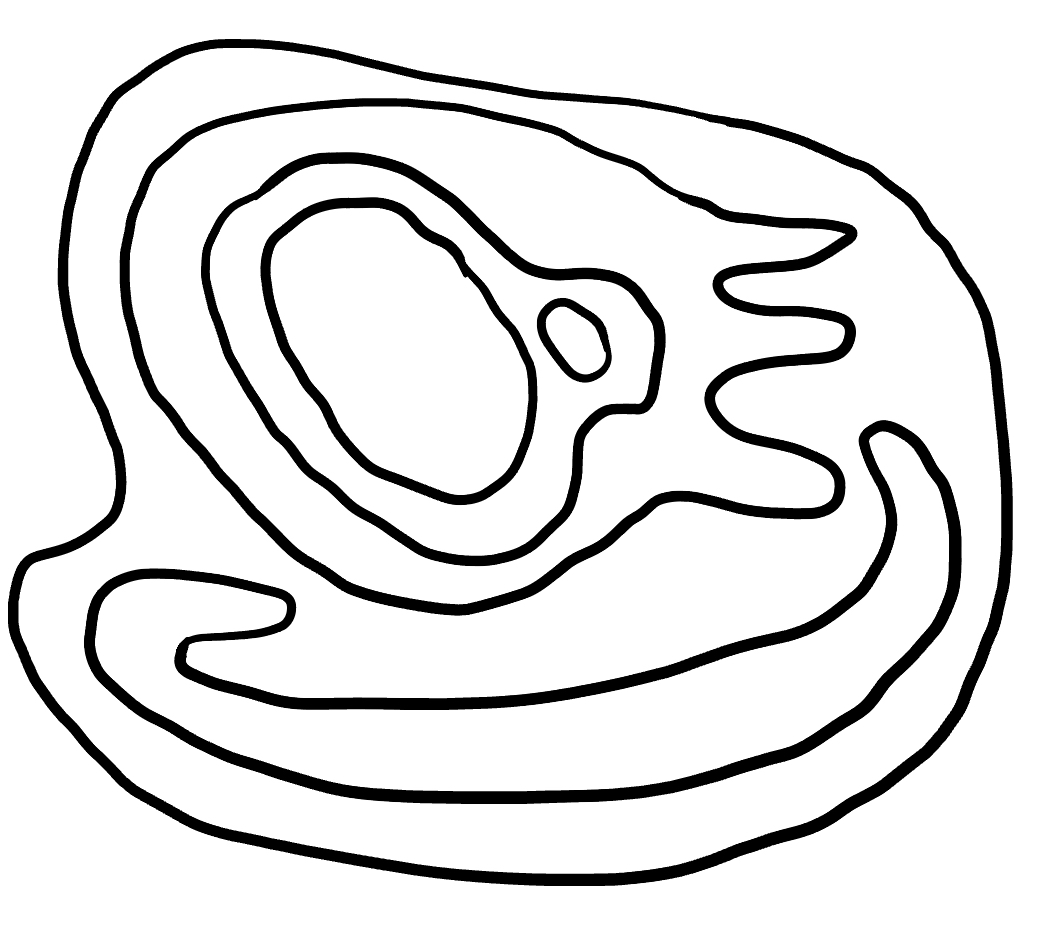
Number of regions (including the outer root region): 7
Containment tree edges (parent, child): 0, 1, 1, 2, 1, 3, 3, 4, 4, 5, 4, 6